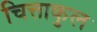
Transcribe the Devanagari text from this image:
चित्ताकुल